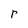
Character: r